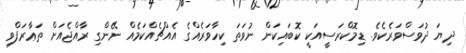
ދިޔަ ދުވަސްވަރެކެވެ. ޑިމޮކްރަސީއަކީ ކޮބައިކަން ނުވަތަ ކިހާވަރެއްގެ އެއްޗެއްކަމެއް ނޭންގި ރާއްޖެއަށް ތަޢާރަފްވި